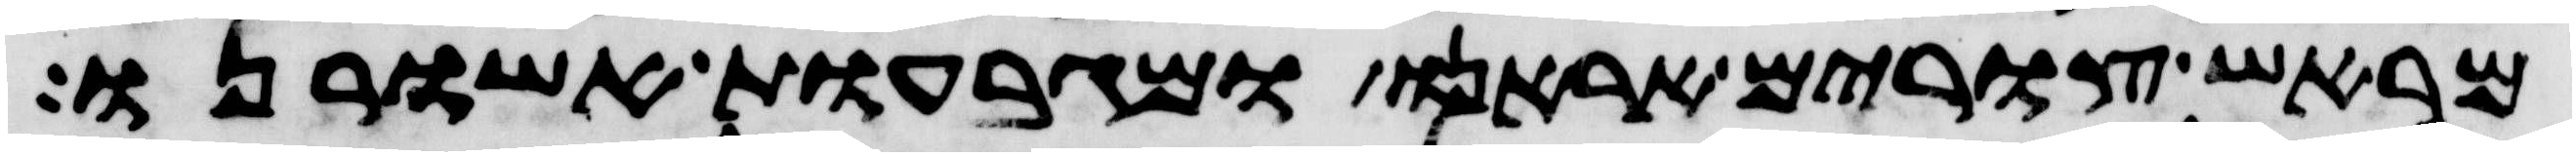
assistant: מראש צורים אראנו ומגבעות אשורנו